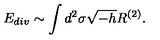
E _ { d i v } \sim \int d ^ { 2 } \sigma \sqrt { - h } R ^ { ( 2 ) } .